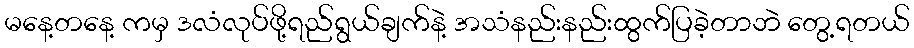
မနေ့တနေ့ ကမှ ဒလံလုပ်ဖို့ရည်ရွယ်ချက်နဲ့ အသံနည်းနည်းထွက်ပြခဲ့တာဘဲ တွေ့ရတယ်